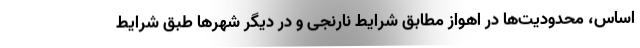
اساس، محدودیت‌ها در اهواز مطابق شرایط نارنجی و در دیگر شهرها طبق شرایط